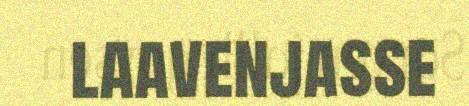
laavenjasse